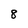
Character: 8